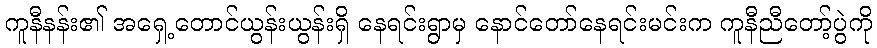
ကူနီနန်း၏ အရှေ့တောင်ယွန်းယွန်းရှိ နေရင်းရွာမှ နောင်တော်နေရင်းမင်းက ကူနီညီတော့်ပွဲကို